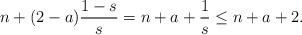
LaTeX: \begin{align*} n + (2-a)\frac{1-s}{s} = n+a + \frac{1}{s} \le n + a + 2.\end{align*}